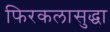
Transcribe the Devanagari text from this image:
फिरकलासुद्धा